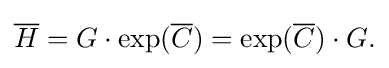
\displaystyle {{\overline {H}}=G\cdot \exp({\overline {C}})=\exp({\overline {C}})\cdot G.}